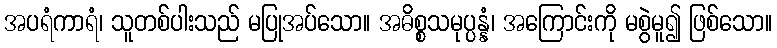
အပရံကာရံ၊ သူတစ်ပါးသည် မပြုအပ်သော။ အဓိစ္စသမုပ္ပန္နံ၊ အကြောင်းကို မစွဲမူ၍ ဖြစ်သော။